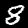
Label: 8